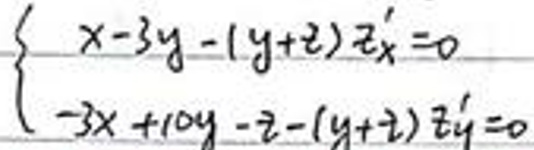
\left\{ \begin{array}{l}
x - 3y-(y + z)z' = 0 \\
-3x + 10y - z-(y + z)z' = 0
\end{array} \right.